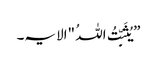
”یُثَبِّتُ اللہُ "الایہ۔